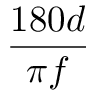
\frac { 1 8 0 d } { \pi f }